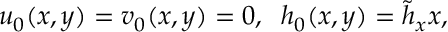
u _ { 0 } ( x , y ) = v _ { 0 } ( x , y ) = 0 , \; \; h _ { 0 } ( x , y ) = \tilde { h } _ { x } x ,